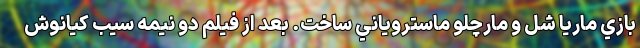
بازي ماريا شل و مارچلو ماستروياني ساخت. بعد از فيلم دو نيمه سيب کيانوش